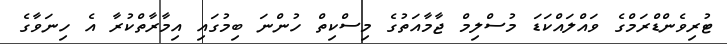
ޓުރިވެންޑްރަމްގެ ވައްލައްކަޑަ މުސްލިމް ޖާމާއަތުގެ މިސްކިތް ހުންނަ ބިމުގައި އިމާރާތްކުރާ އެ ހިނަވާގެ